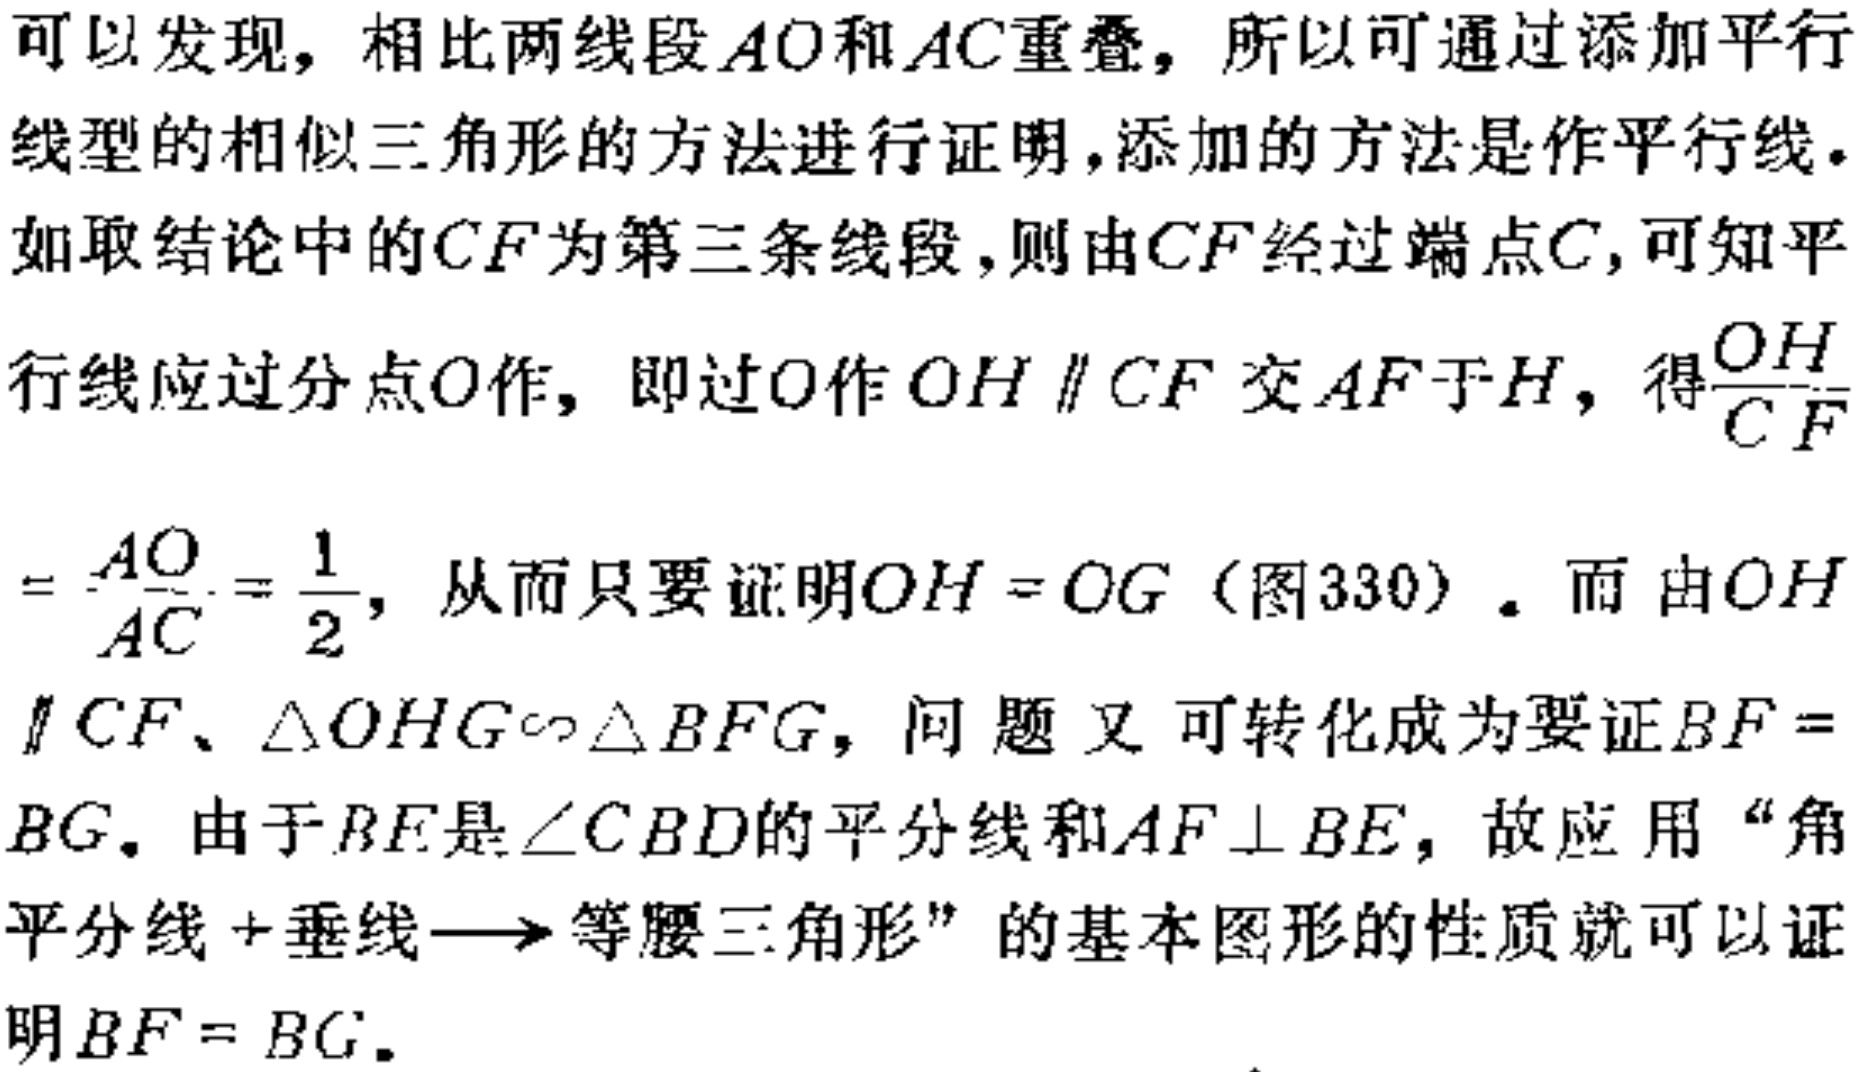
可以发现，相比两线段\(AO\)和\(AC\)重叠，所以可通过添加平行线型的相似三角形的方法进行证明，添加的方法是作平行线。如取结论中的\(CF\)为第三条线段，则由\(CF\)经过端点\(C\)，可知平行线应过分点\(O\)作，即过\(O\)作\(OH \parallel CF\)交\(AF\)于\(H\)，得\(\frac{OH}{CF}\)
\(=\frac{AO}{AC}=\frac{1}{2}\)，从而只要证明\(OH = OG\)（图330）。而由\(OH\)
\(\parallel CF\)、\(\triangle OHG\sim\triangle BFG\)，问题又可转化成为要证\(BF =\)
\(BG\)。由于\(BE\)是\(\angle CBD\)的平分线和\(AF\perp BE\)，故应用“角平分线+垂线\(\longrightarrow\)等腰三角形”的基本图形的性质就可以证明\(BF = BG\)。